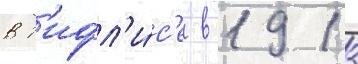
в т'ифл'и́с'е в 1913